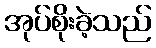
အုပ်စိုးခဲ့သည်